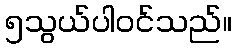
၅သွယ်ပါဝင်သည်။